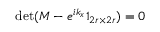
\operatorname* { d e t } ( M - e ^ { i k _ { x } } \mathbb { 1 } _ { 2 r \times 2 r } ) = 0